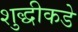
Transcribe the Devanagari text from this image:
शुद्धीकडे